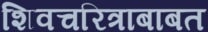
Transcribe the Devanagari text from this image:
शिवचरित्राबाबत